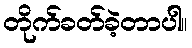
တိုက်ခတ်ခဲ့တာပါ။